Annual report of the Bengal Veterinary College and of the Civil Veterinary Department, Bengal, for the year 1914-1915 - 1914-1915
Year: 1914
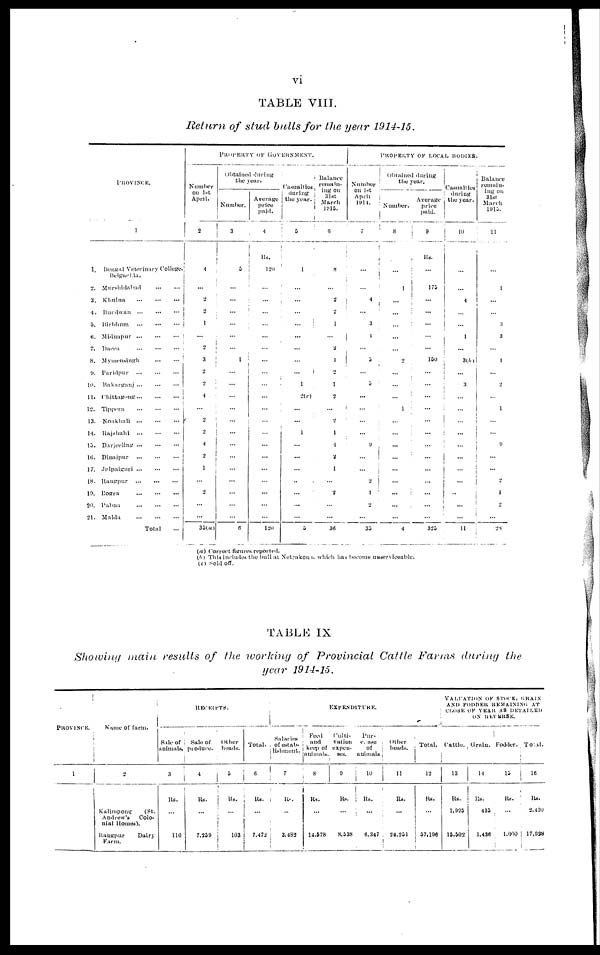
vi
TABLE VIII.
Return of stud bulls for the year 1914-15.
PROVINCE.
1
2.
3.
4.
5.
6.
7.
8.
it.
10.
11.
12.
13.
14.
13.
16.
17.
I8.
10.
20.
21.
1
Bengal Veterinary College,
Belgachia.
Murshidabad
Khulna
Burdwan
Birbhum
Midnapur
Dacca
Mymevsingh
Faridpur
Bakarganj
Chittagong
Tippera
Noakhali
Rajshahi
Darjeeling
Dinajpur
Jalpaiguri
Rangpur
Bogra
Pabna
Malda
Total
PROPERTY OF GOVERNMENT.
Number
on 1st
April.
2
4
...
2
9
1
...
2
3
2
2
4
...
2
2
4
2
1
...
2
...
...
35(a)
Obtained during
the year.
Number.
3
5
...
...
...
...
...
...
1
...
...
...
...
...
...
...
...
...
...
...
...
...
6
Average
price
paid.
4
Rs.
120
...
...
...
...
...
...
...
...
...
...
...
...
...
...
...
...
...
...
...
...
120
Casualties
during
the year.
5
1
...
...
...
...
...
...
...
...
1
2(C)
...
...
1
...
...
...
...
...
...
...
5
Balance
remain-
ing on
31st
March
1915.
6
8
...
2
2
1
...
1
1
2
1
2
...
2
1
4
2
1
...
2
...
...
36
PROPERTY OF LOCAL BODIES
Number
on 1st
April
1914.
7
...
...
4
...
3
4
...
5
...
5
...
...
...
...
9
...
...
2
1
2
...
35
Obtained during
the year.
Number.
8
...
1
...
...
...
...
...
2
...
...
...
1
...
...
...
...
...
...
...
...
...
4
Average
price
paid.
9
Rs.
...
175
...
...
...
...
...
150
...
...
...
...
...
...
...
...
...
...
...
...
...
325
Casualties
during
the year.
10
...
...
4
...
...
1
...
3(b)
...
3
...
...
...
...
...
...
...
...
..
...
...
11
Balance
remain-
ing on
31st
March
1915.
11
...
1
...
...
3
3
...
1
2
...
1
...
...
9
...
...
2
1
2
...
28
(a) Correct figures reported.
(b) This includes the bull at Netrakona, which has become unserviceable.
(c) Sold Off.
TABLE IX
Showing main results of the working of Provincial Cattle Farms during the
year 1914-15.
PROVINCE.
1
Name of farm.
2
Kalimpong
(St.
Andrew's
Colo-
nial Homes).
Rangpur
Dairy
Farm.
RECEIPTS.
Sale of
animals.
3
Rs.
110
Sale of
produce.
4
Rs.
7,259
Other
heads.
5
Rs.
103
Total.
6
Rs.
7,472
EXPENDITURE.
Salaries
of estab-
lishment.
7
Rs.
...
3,482
Feed
and
keep of
animals.
8
Rs.
...
14,578
Culti-
vation
expen-
ses.
9
Rs.
8,538
Pur-
chased
of
animals.
10
Rs.
6,347
Other
heads.
11
Rs.
24,251
Total.
12
Rs.
57,196
VALUATION OF STOCK, GRAIN
AND FODDER REMAINING AT
CLOSE OF YEAR AS DETAILED
ON REVERSE.
Cattle.
13
Rs.
1,995
15,502
Grain.
14
Rs.
435
1,436
Fodder.
15
Rs.
1,000
Total.
16
Rs.
2,430
i 17,928
i